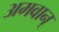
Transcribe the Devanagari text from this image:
अमवान्